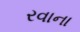
રવાના